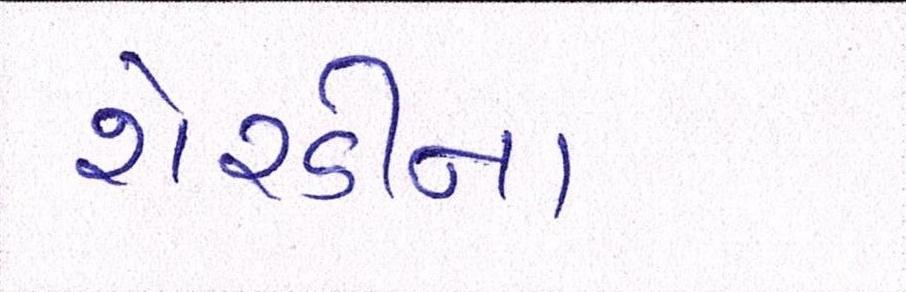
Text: શેરડીના